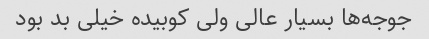
جوجه‌ها بسیار عالی ولی کوبیده خیلی بد بود